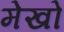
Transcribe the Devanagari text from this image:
मेखो